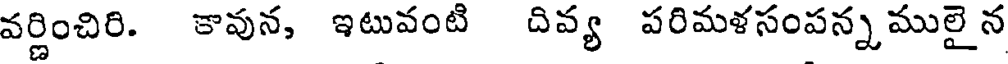
వర్ణించిరి. కావున, ఇటువంటి దివ్య పరిమళసంపన్న ములై న